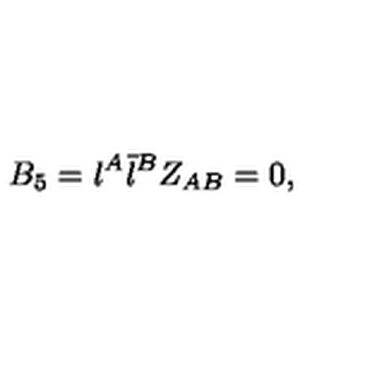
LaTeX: B _ { 5 } = { \l } ^ { A } { \bar { \l } } ^ { { B } } Z _ { A B } = 0 ,